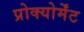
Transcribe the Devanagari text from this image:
प्रोक्योर्मेंट